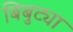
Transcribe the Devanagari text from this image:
बिबुट्या